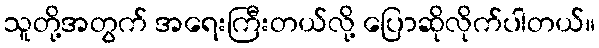
သူတို့အတွက် အရေးကြီးတယ်လို့ ပြောဆိုလိုက်ပါတယ်။